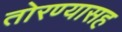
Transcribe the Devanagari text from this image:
तोरण्यासह